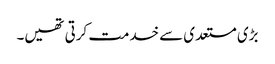
بڑی مستعدی سے خدمت کرتی تھیں۔